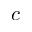
c